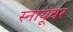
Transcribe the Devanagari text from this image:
स्नायूंवर